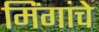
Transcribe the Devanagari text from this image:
मिंगांचे